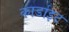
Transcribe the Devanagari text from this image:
कार्डाइट